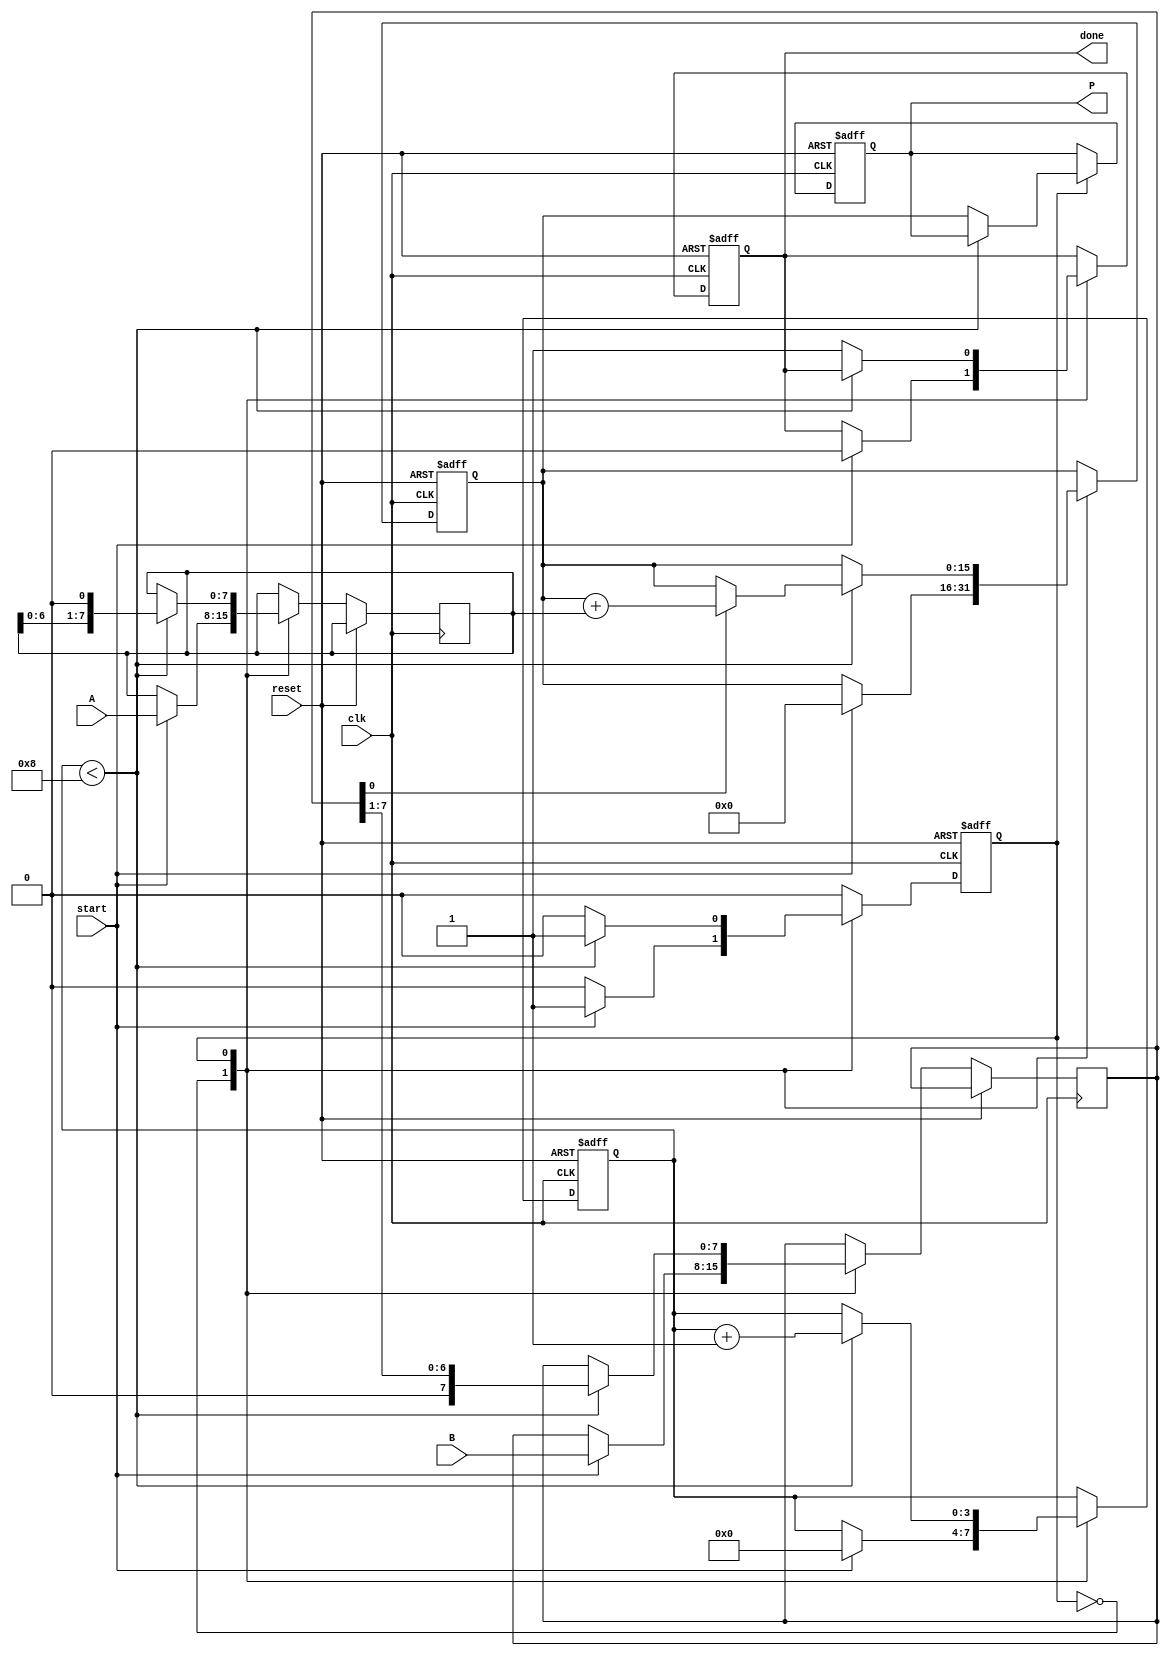
module radix2_multiplier #(parameter N = 8) (
    input  wire [N-1:0] A,        // Multiplicand
    input  wire [N-1:0] B,        // Multiplier
    input  wire start,             // Start signal for multiplication
    input  wire clk,               // Clock signal
    input  wire reset,             // Reset signal
    output reg [2*N-1:0] P,        // Product
    output reg done                // Done signal
);

    reg [N-1:0] multiplicand;      // Register for A
    reg [N-1:0] multiplier;         // Register for B
    reg [2*N-1:0] product;          // Intermediate product
    reg [3:0] count;                // Counter for the number of bits processed
    reg state;                      // State to indicate multiplication in progress

    // State definitions
    localparam IDLE = 1'b0, MULTIPLY = 1'b1;

    // Sequential logic for control and update
    always @(posedge clk or posedge reset) begin
        if (reset) begin
            P <= 0;
            product <= 0;
            count <= 0;
            state <= IDLE;
            done <= 0;
        end else begin
            case (state)
                IDLE: begin
                    if (start) begin
                        multiplicand <= A;
                        multiplier <= B;
                        product <= 0;
                        count <= 0;
                        state <= MULTIPLY;
                        done <= 0;
                    end
                end

                MULTIPLY: begin
                    if (count < N) begin
                        // Check the LSB of the multiplier
                        if (multiplier[0]) begin
                            product <= product + multiplicand; // Add multiplicand to product
                        end
                        // Shift left the multiplicand, shift right the multiplier
                        multiplicand <= multiplicand << 1;
                        multiplier <= multiplier >> 1;
                        count <= count + 1;
                    end else begin
                        P <= product; // Assign product to output
                        done <= 1;    // Indicate multiplication is done
                        state <= IDLE; // Go back to IDLE state
                    end
                end

                default: state <= IDLE; // Default to IDLE
            endcase
        end
    end
endmodule